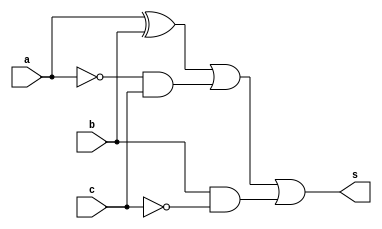
// ------------------------- 
// Exemplo0024 - COMPARADOR
// Nome: Marcio Santana Correa  
// ------------------------- 

// -------------------------
//  comparador
// -------------------------
module Comparador (output s, input  a, input  b, input c);
	wire notA,notC,and1,and2,xorAB;
	
	not NOT1 (notA, a);
	not NOT3 (notC, c);
	xor XOR1 (xorAB, a, b);
	and AND1 (and1, notA, c);
	and AND2 (and2, b, notC);
	or  OR1  (s, xorAB, and1, and2);
endmodule // Comparador

module test_Comparador;
// ------------------------- definir dados
   reg x;
	reg y;
	reg c;
	wire s;
	
	Comparador diferenca (s, x, y, c);
	
	initial begin: start
		x = 0; 
		y = 0;
		c = 0;
	end
	
// ------------------------- parte principal
   initial begin
      $display("Exemplo0024 - Marcio Santana Correa -  345368");
      $display("Test ALU's comparador");
		$display("a b c = s");
      $monitor("%b %b %b = %b",x,y,c,s); 
		#1 x = 0; y = 0; c = 1;  
		#1 x = 0; y = 1; c = 0;
		#1 x = 0; y = 1; c = 1;
		#1 x = 1; y = 0; c = 0;
		#1 x = 1; y = 0; c = 1;
		#1 x = 1; y = 1; c = 0;
		#1 x = 1; y = 1; c = 1;
   end
endmodule // test_Comparador
/*
    Exemplo0024 - Marcio Santana Correa -  345368
	     Test ALU's comparador
    a b c = s
    0 0 0 = 0
    0 0 1 = 1
    0 1 0 = 1
    0 1 1 = 1
    1 0 0 = 1
    1 0 1 = 1
    1 1 0 = 1
    1 1 1 = 0
*/